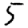
Digit: 5